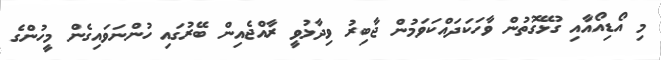
މި އޯޑިއޯއާއި ގުޅޭގޮތުން ވާހަކަދައްކަވަމުން ޖާބިރު ވިދާޅުވީ ރާއްޖެއިން ބޭރުގައި ހުންނަވައިގެން މީހުންގެ